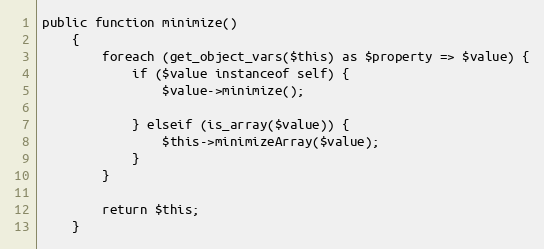
Language: PHP
public function minimize()
    {
        foreach (get_object_vars($this) as $property => $value) {
            if ($value instanceof self) {
                $value->minimize();

            } elseif (is_array($value)) {
                $this->minimizeArray($value);
            }
        }

        return $this;
    }